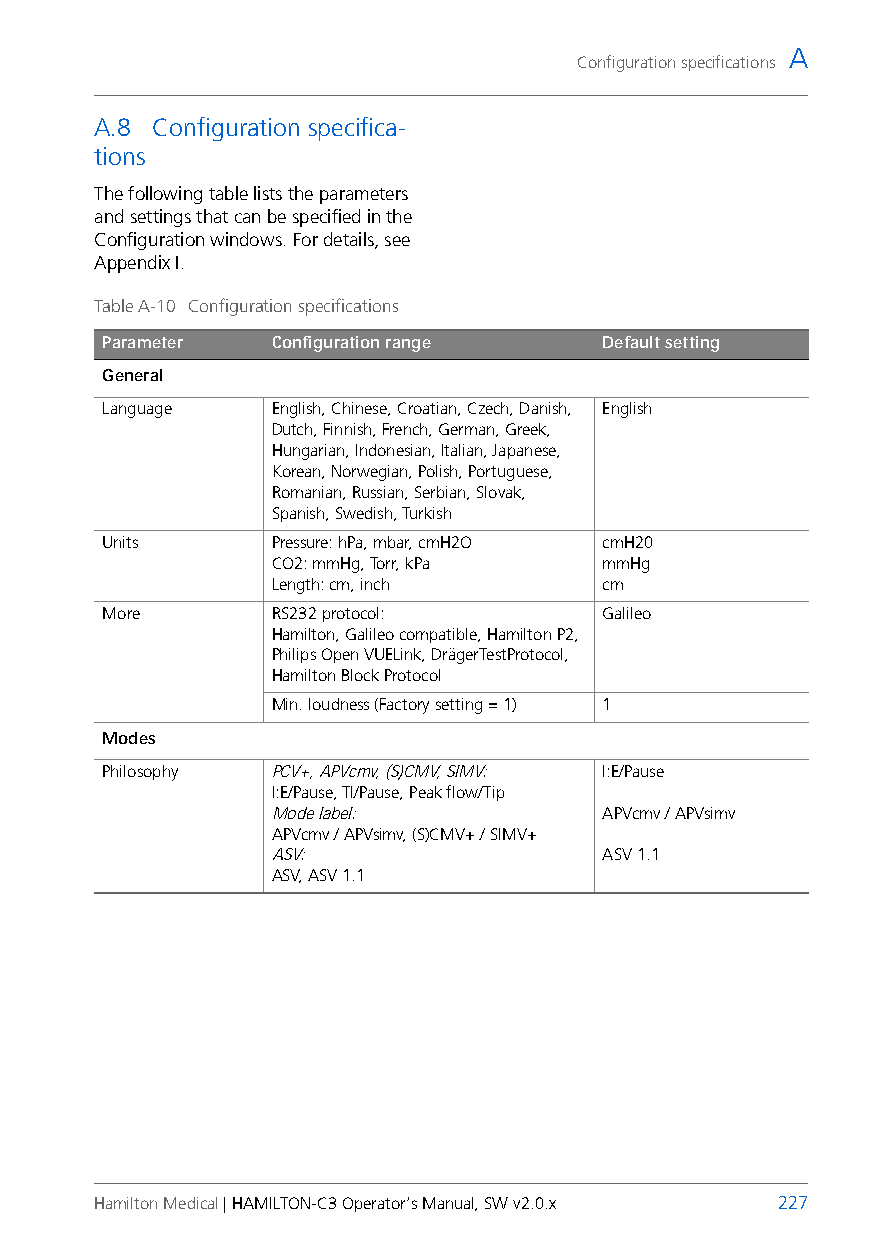
A
 Configuration specifications
 A.8 Configuration specifica-
 tions
 The following table lists the parameters
 and settings that can be specified in the
 Configuration windows. For details, see
 Appendix I.
 Table A-10 Configuration specifications
 Parameter  Configuration range   Default setting
 General
 Language   English, Chinese, Croatian, Czech, Danish, English
 Dutch, Finnish, French, German, Greek,
 Hungarian, Indonesian, Italian, Japanese,
 Korean, Norwegian, Polish, Portuguese,
 Romanian, Russian, Serbian, Slovak,
 Spanish, Swedish, Turkish
 Units      Pressure: hPa, mbar, cmH2O cmH20
 CO2: mmHg, Torr, kPa  mmHg
 Length: cm, inch      cm
 More       RS232 protocol:       Galileo
 Hamilton, Galileo compatible, Hamilton P2,
 Philips Open VUELink, DrägerTestProtocol,
 Hamilton Block Protocol
 Min. loudness (Factory setting = 1) 1
 Modes
 Philosophy PCV+, APVcmv, (S)CMV, SIMV: I:E/Pause
 I:E/Pause, TI/Pause, Peak flow/Tip
 Mode label:           APVcmv / APVsimv
 APVcmv / APVsimv, (S)CMV+ / SIMV+
 ASV:                  ASV 1.1
 ASV, ASV 1.1
 Hamilton Medical | HAMILTON-C3 Operator’s Manual, SW v2.0.x 227